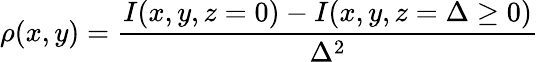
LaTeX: \rho(x,y)=\frac{I(x,y,z=0)-I(x,y,z=\Delta\ge 0)}{\Delta^{2}}